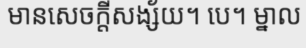
មានសេចក្តីសង្ស័យ។ បេ។ ម្នាល